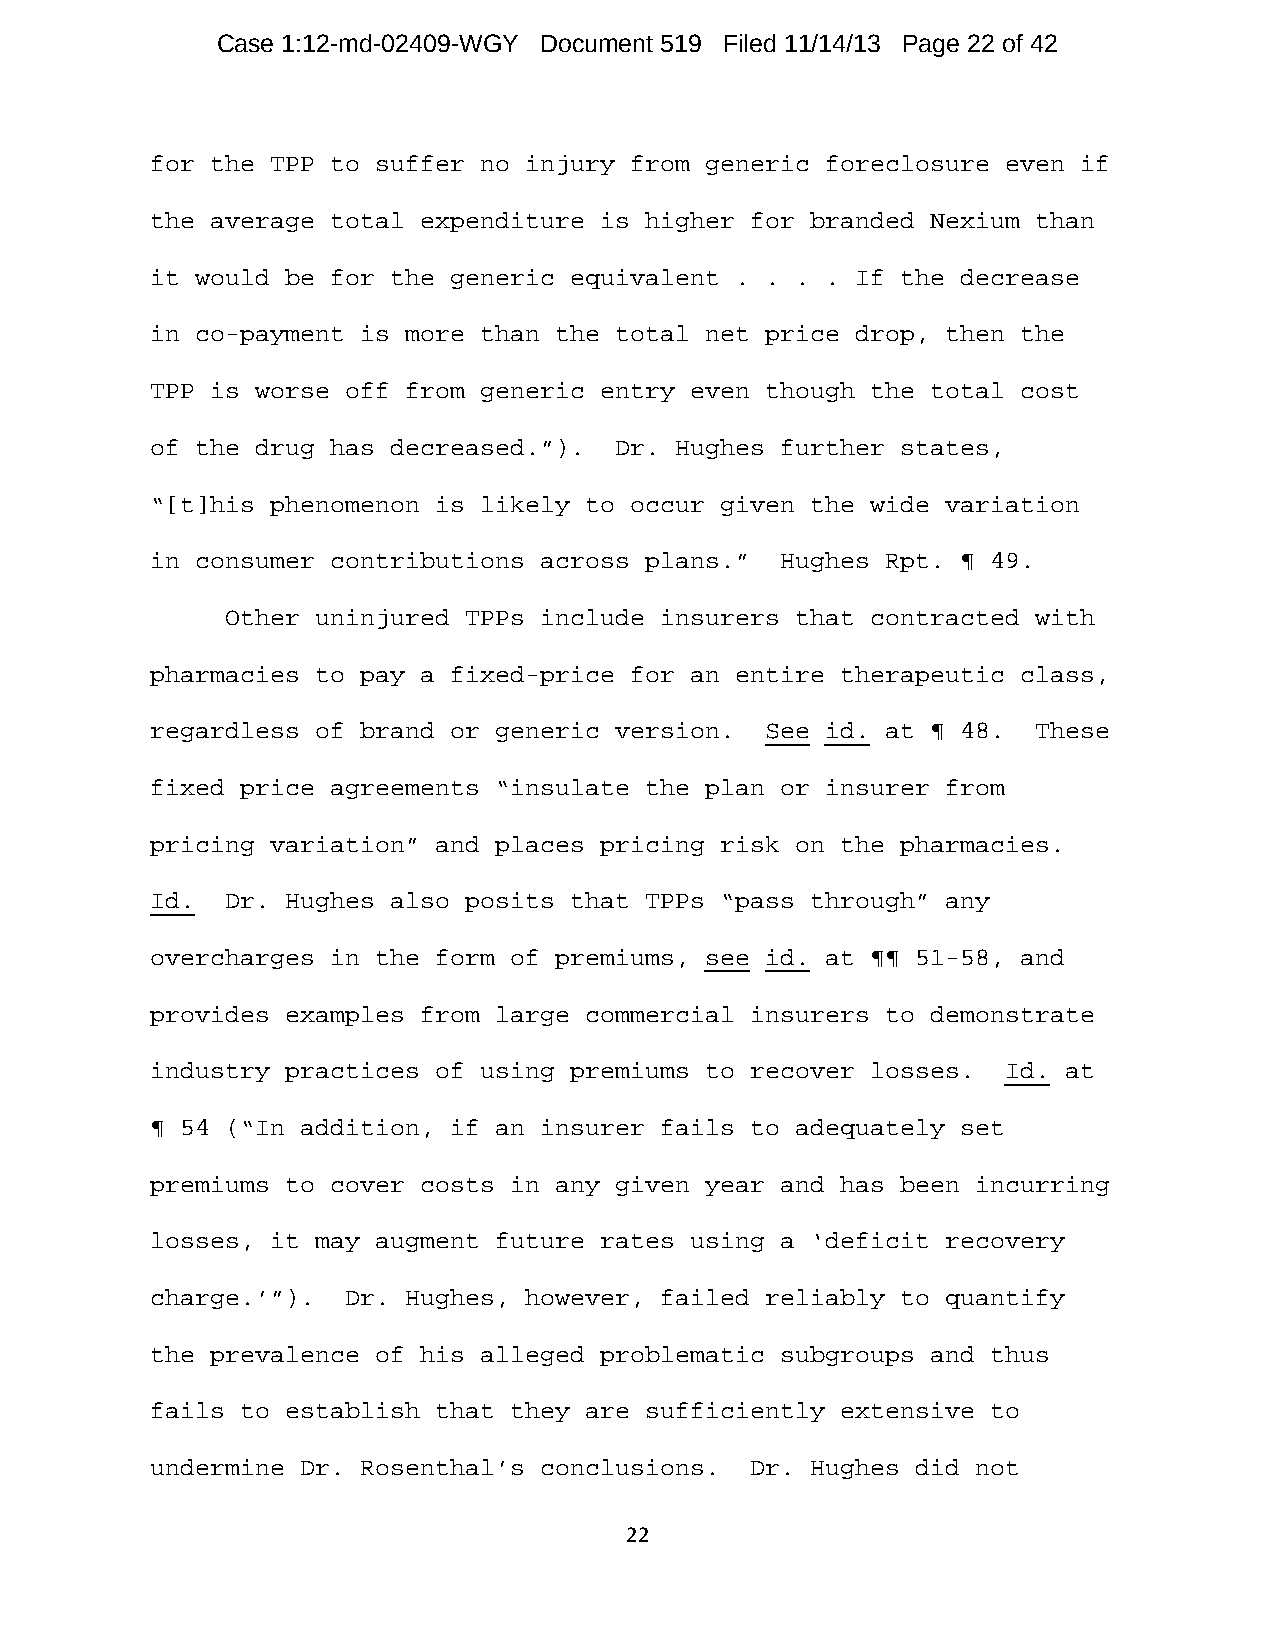
Case 1:12-md-02409-WGY Document 519 Filed 11/14/13 Page 22 of 42
 for the TPP to suffer no injury from generic foreclosure even if
 the average total expenditure is higher for branded Nexium than
 it would be for the generic equivalent . . . . If the decrease
 in co-payment is more than the total net price drop, then the
 TPP is worse off from generic entry even though the total cost
 of the drug has decreased.”).  Dr. Hughes further states,
 “[t]his phenomenon is likely to occur given the wide variation
 in consumer contributions across plans.”  Hughes Rpt. ¶ 49.
 Other uninjured TPPs include insurers that contracted with
 pharmacies to pay a fixed-price for an entire therapeutic class,
 regardless of brand or generic version.  See id. at ¶ 48.  These
 fixed price agreements “insulate the plan or insurer from
 pricing variation” and places pricing risk on the pharmacies.
 Id.  Dr. Hughes also posits that TPPs “pass through” any
 overcharges in the form of premiums, see id. at ¶¶ 51-58, and
 provides examples from large commercial insurers to demonstrate
 industry practices of using premiums to recover losses.  Id. at
 ¶ 54 (“In addition, if an insurer fails to adequately set
 premiums to cover costs in any given year and has been incurring
 losses, it may augment future rates using a ‘deficit recovery
 charge.’”).  Dr. Hughes, however, failed reliably to quantify
 the prevalence of his alleged problematic subgroups and thus
 fails to establish that they are sufficiently extensive to
 undermine Dr. Rosenthal’s conclusions.  Dr. Hughes did not
 22